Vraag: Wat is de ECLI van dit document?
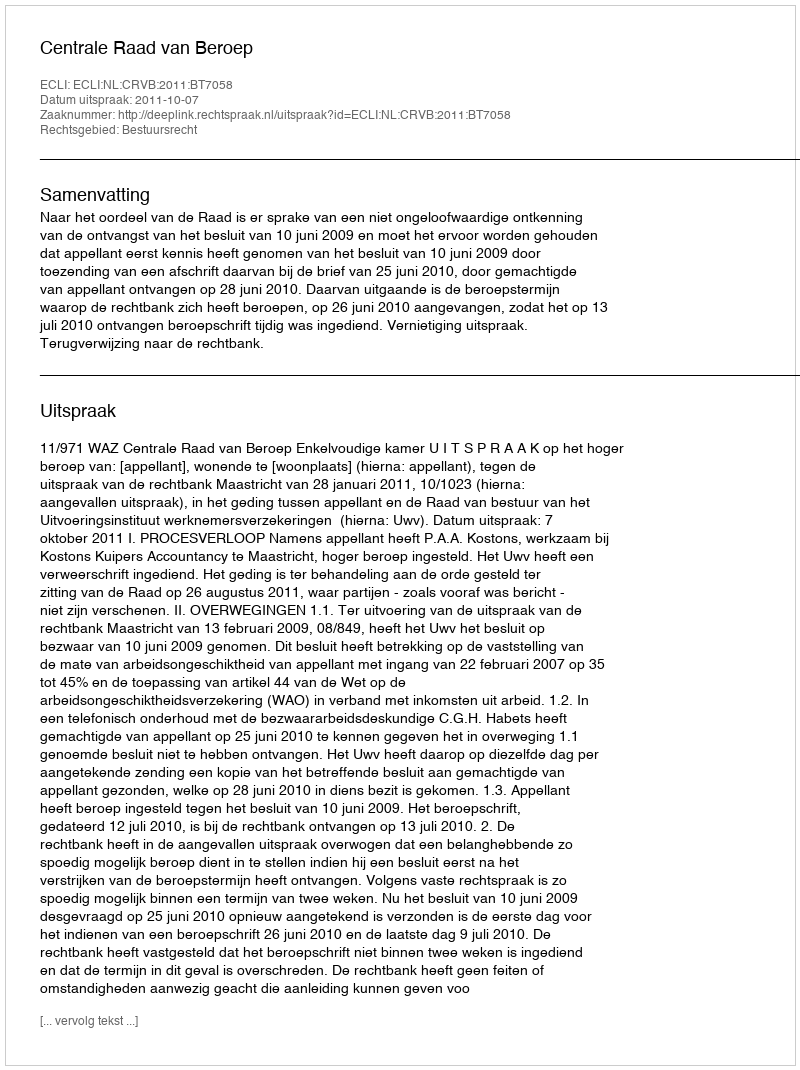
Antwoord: ECLI:NL:CRVB:2011:BT7058